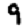
Digit: 9